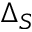
\Delta _ { S }